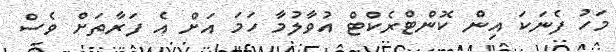
މަހު ފެނަކަ އިން ކޮންޓްރެކްޓް އުވާލުމާ ހަމަ އަށް އެ ފަރާތަށް ވެސް